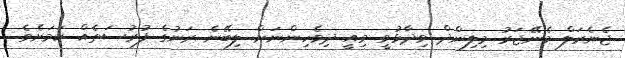
ޖެނެރަލް މެނޭޖަރު މިލިންދް ވިދާޅުވީ މިއީ ދިވެހިންނަށް ލިބޭނެ ރަނުގެ ފުރުސަތެއް ކަމަށެވެ.